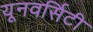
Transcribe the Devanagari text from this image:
यूनवर्सिटी